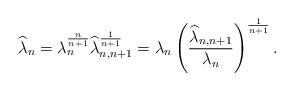
LaTeX: \begin{align*} \widehat{\lambda}_{n}=\lambda_{n}^{\frac{n}{n+1}}\widehat{\lambda}_{n,n+1}^{\frac{1}{n+1}}=\lambda_{n}\left(\frac{\widehat{\lambda}_{n,n+1}}{\lambda_{n}}\right)^{\frac{1}{n+1}}.\end{align*}